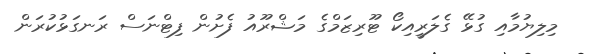
މިލިޔުމާއި ގުޅޭ ގެލަރީއިކޯ ޓޫރިޒަމްގެ މަޝްރޫއު ފެށުން ފިޓްނަސް ރަނގަޅުކުރަން